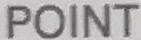
POINT